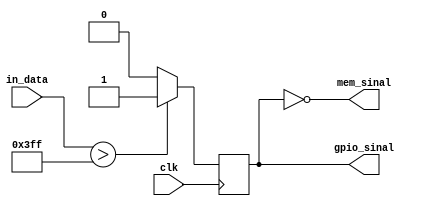
module GPIOsinal
(
    input               clk,
    input    [31:0]     in_data,
    
    output              gpio_sinal,
    output              mem_sinal
);

reg                     gpio_reg;

always @(posedge clk)
begin
    if(in_data>1023) gpio_reg <= 1;
    else gpio_reg <= 0;
end

assign gpio_sinal = gpio_reg;
assign mem_sinal = ~gpio_reg;

endmodule